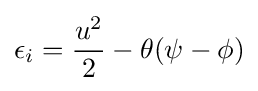
\epsilon _{i}={\frac {u^{2}}{2}}-\theta (\psi -\phi )